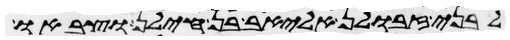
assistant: לבני זבולן אליאב בן חילן וצבאו